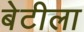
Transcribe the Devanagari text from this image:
बेटीला